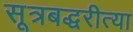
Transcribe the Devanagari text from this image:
सूत्रबद्धरीत्या